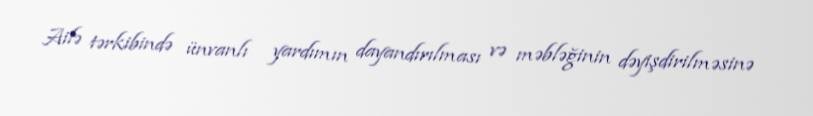
Ailə tərkibində ünvanlı yardımın dayandırılması və məbləğinin dəyişdirilməsinə